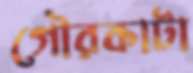
গৌরকাটা